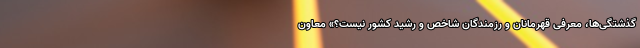
گذشتگی‌ها، معرفی قهرمانان و رزمندگان شاخص و رشید کشور نیست؟» معاون